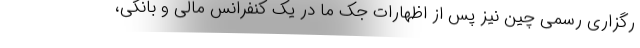
رگزاری رسمی چین نیز پس از اظهارات جک ما در یک کنفرانس مالی و بانکی،